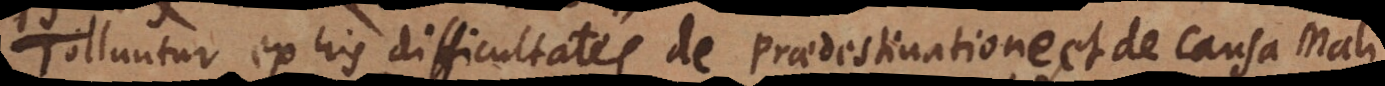
Tolluntur ex his difficultates de Praedestinatione, et de Causa Mali.